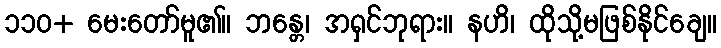
၁၁၀+ မေးတော်မူ၏။ ဘန္တေ၊ အရှင်ဘုရား။ နဟိ၊ ထိုသို့မဖြစ်နိုင်ချေ။